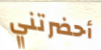
أحضرتني